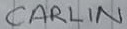
Text: CARLIN